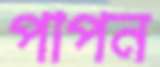
পাপন